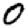
Digit: 0